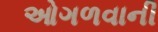
ઓગળવાની